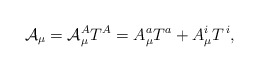
\begin{align*}\mathcal{A}_\mu =\mathcal{A}_\mu ^AT^A=A_\mu ^aT^a+A_\mu ^iT^{\,i},\end{align*}